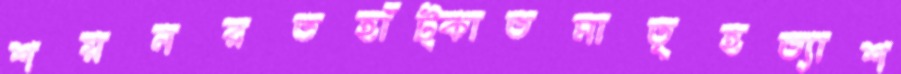
শয়নরতহাঁট্‌কাতমাতৃহত্যাশ